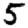
Digit: 5